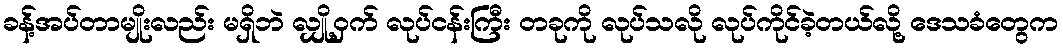
ခန့်အပ်တာမျိုးလည်း မရှိဘဲ လျှို့ဝှက် လုပ်ငန်းကြီး တခုကို လုပ်သလို လုပ်ကိုင်ခဲ့တယ်လို့ ဒေသခံတွေက